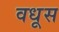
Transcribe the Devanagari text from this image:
वधूस